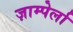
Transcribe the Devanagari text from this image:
ज़ाम्पेर्ला